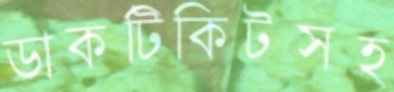
ডাকটিকিটসহ